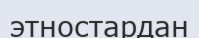
этностардан